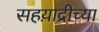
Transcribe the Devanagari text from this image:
सहय़ाद्रीच्या